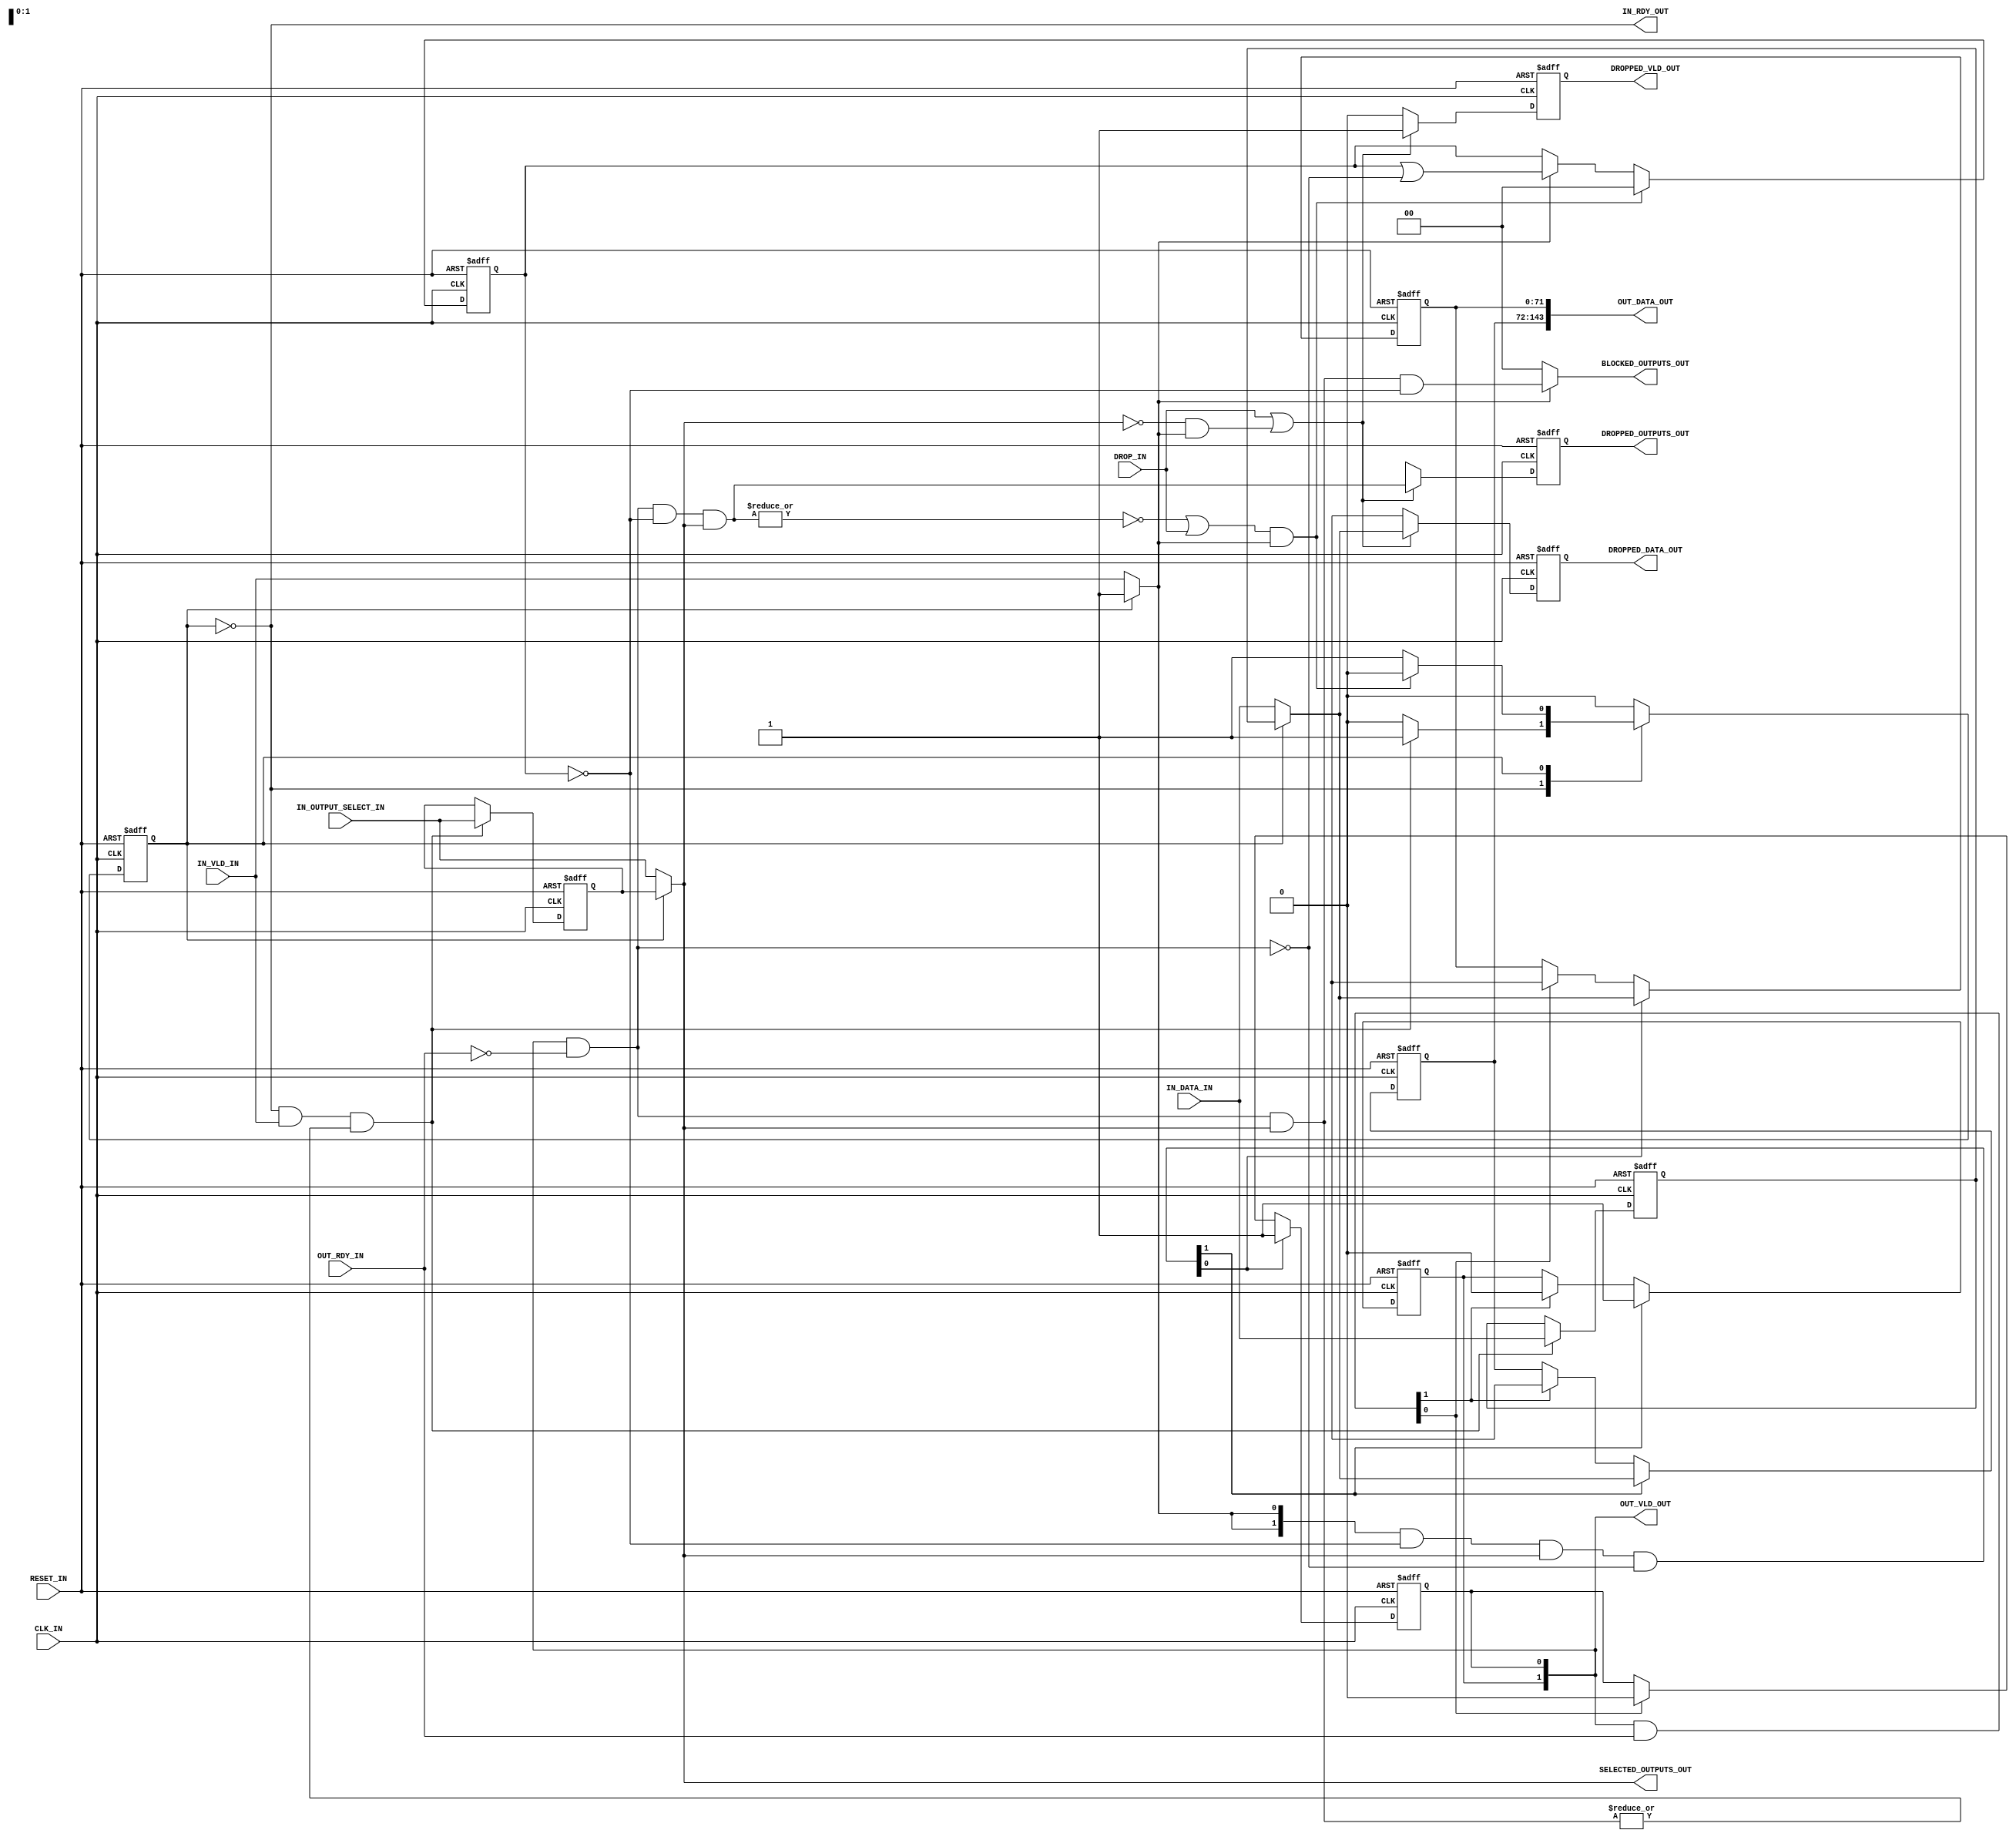
/**
 * A 1-to-N switch capable of multicast and packet dropping.
 */


module spio_switch#( // The size of individual packets.
                     parameter PKT_BITS = 72
                     // The number of output ports
                   , parameter NUM_PORTS = 2
                   )
                   ( input wire CLK_IN
                   , input wire RESET_IN
                     // Input port
                       // Standard rdy/vld signals
                   ,   input  wire [PKT_BITS-1:0]  IN_DATA_IN
                   ,   input  wire                 IN_VLD_IN
                   ,   output wire                 IN_RDY_OUT
                       // Output selection bits, one bit per output with bit 0
                       // selecting output 0 and so on. If all bits are zero,
                       // the packet is dropped. Sampled on a positive clock
                       // edge when IN_VLD_IN and IN_RDY_OUT are high.
                   ,   input  wire [NUM_PORTS-1:0] IN_OUTPUT_SELECT_IN
                     // Output ports (concatenated into large buses due to
                     // Verilog's inability to support array inputs.
                   , output reg  [(PKT_BITS*NUM_PORTS)-1:0] OUT_DATA_OUT
                   , output reg  [NUM_PORTS-1:0]            OUT_VLD_OUT
                   , input  wire [NUM_PORTS-1:0]            OUT_RDY_IN
                     // Output blocking status signals
                       // A field of bits indicating which output ports are
                       // currently blocking a packet from being sent. Bit 0
                       // corresponds to output 0 being blocked, etc. If all
                       // zero, no outputs are blocked.
                   ,   output wire [NUM_PORTS-1:0] BLOCKED_OUTPUTS_OUT
                       // When BLOCKED_OUTPUTS_OUT is not all zeros, this signal
                       // indicates what outputs the current value is being sent
                       // to, i.e. the XOR of BLOCKED_OUTPUTS_OUT and
                       // SELECTED_OUTPUTS_OUT indicates the outputs where the
                       // packet has been successfully sent.
                   ,   output wire [NUM_PORTS-1:0] SELECTED_OUTPUTS_OUT
                     // A one-clock pulse on this input will cause any packet
                     // waiting an output port to be dropped. Note that the
                     // packet will still be sent if the output port is
                     // unblocked.
                   , input wire DROP_IN
                     // If a packet is dropped, either by the DROP_IN signal or
                     // an all-zero IN_OUTPUT_SELECT_IN, it will be output here for a
                     // single clock cycle (along with a vld signal).
                       // The contents of the packet dropped
                   ,   output reg [PKT_BITS-1:0] DROPPED_DATA_OUT
                       // The set of outputs which were due to send this packet
                       // but didn't because it was dropped. This will
                       // correspond to the blocked ports if DROP_IN caused the
                       // packet to be dropped or will be all zeros if
                       // IN_OUTPUT_SELECT_IN was all zeros.
                   ,   output reg [NUM_PORTS-1:0] DROPPED_OUTPUTS_OUT
                       // When high, the above signals contain a packet which
                       // was dropped for a single cycle (i.e. no rdy signal!)
                   ,   output reg DROPPED_VLD_OUT
                   );

genvar i;


// Since the ready signal on the input necessarily lags one cycle behind the
// output readiness signals, the below data path is used to 'park' incoming
// values when a desired output is blocked.
//
//                         park_i             parked_i
//                            |                  |
//                            | ,---,            |
//                            +-|En |        ,---+
//                         ,--(-|D Q|----,  |\   |
//                         |  | |>  |    '--|1|  |
//                         |  | '---'       | |--)--- data_i
//           IN_DATA_IN  --+--(-------------|0|  |
//                            |             |/   |
//                            | ,---,            |
//                            '-|En |        ,---+
//                         ,----|D Q|----,  |\   |
//                         |    |>  |    '--|1|  |
//                         |    '---'       | |--)--- output_select_i
//  IN_OUTPUT_SELECT_IN  --+----------------|0|  |
//                                          |/   |
//                               -+-         ,---'
//                                |         |\
//                                '---------|1|
//                                          | |------ vld_i
//            IN_VLD_IN  -------------------|0|
//                                          |/
//
//           IN_RDY_OUT  -------------- (inputstate_i == RUN)
//
// The output ports and packet dropping port but not sketched here since they
// are straight forward.


////////////////////////////////////////////////////////////////////////////////
// Control
////////////////////////////////////////////////////////////////////////////////

// Input parking FSM states and state register
localparam RUN    = 1'b0;
localparam PARKED = 1'b1;
reg inputstate_i;

// Parked input registers
reg [PKT_BITS-1:0]  parked_data_i;
reg [NUM_PORTS-1:0] parked_output_select_i;

// The current input value to be dealt with (either parked or coming in this
// cycle)
wire [PKT_BITS-1:0]  data_i          = (inputstate_i == PARKED) ? parked_data_i          : IN_DATA_IN;
wire [NUM_PORTS-1:0] output_select_i = (inputstate_i == PARKED) ? parked_output_select_i : IN_OUTPUT_SELECT_IN;
wire                 vld_i           = (inputstate_i == PARKED) ? 1'b1                   : IN_VLD_IN;

// One signal per output, indicates if the output is NOT able to transmit a new
// value next cycle, i.e. the value must wait.
wire [NUM_PORTS-1:0] wait_i = OUT_VLD_OUT & ~OUT_RDY_IN;

// One signal per output, indicates that a value being transferred this cycle.
wire [NUM_PORTS-1:0] transfer_i = OUT_VLD_OUT & OUT_RDY_IN;

// Accumulate the set of output ports which have already latched the current
// packet.
reg [NUM_PORTS-1:0] accepted_outputs_i;

// Signal asserted whenever the current packet has been transmitted to all
// destinations (or dropped).
wire sent_i = ( !(|( (wait_i & ~accepted_outputs_i) // No blocked & unsent outputs...
                   & output_select_i))              // ...for this packet...
              | DROP_IN)                            // ...or we are dropping...
            & vld_i;                                // ...if there is a packet.

// Signal which is high whenever the current value being received must be parked
// due to a required output being blocked.
wire park_i = IN_RDY_OUT && IN_VLD_IN && |(wait_i & output_select_i);

// Ready to accept a new value whenever we're not parked.
assign IN_RDY_OUT = inputstate_i == RUN;

// Signal for each output which indicates if the current input value should be
// forwarded to this output this cycle.
wire [NUM_PORTS-1:0] send_now_i = {NUM_PORTS{vld_i}}   // There is a packet to send...
                                & ~accepted_outputs_i  // ...and not already sent.
                                & output_select_i      // ...to this output...
                                & ~wait_i              // ...which is not blocked...
                                ;

// Blocked ports are just those the current output is waiting for (or all zeros
// when no packet is being sent).
assign BLOCKED_OUTPUTS_OUT = vld_i ? (output_select_i & wait_i & ~accepted_outputs_i)
                                   : {NUM_PORTS{1'b0}};

// Just the current packet's selected outputs
assign SELECTED_OUTPUTS_OUT = output_select_i;


////////////////////////////////////////////////////////////////////////////////
// Input parking state-machine
////////////////////////////////////////////////////////////////////////////////

//              park_i
//             ,-------,
//             |       V
//        ,-----,     ,--------,
//   ---> | RUN |     | PARKED |
//        '-----'     '--------'
//              ^      |
//              '------'
//               sent_i

always @ (posedge CLK_IN, posedge RESET_IN)
	if (RESET_IN)
		inputstate_i <= RUN;
	else
		case (inputstate_i)
			RUN:    if (park_i) inputstate_i <= PARKED;
			PARKED: if (sent_i) inputstate_i <= RUN;
		endcase


always @ (posedge CLK_IN, posedge RESET_IN)
	if (RESET_IN)
		begin
			parked_data_i          <= {PKT_BITS{1'bX}};
			parked_output_select_i <= {NUM_PORTS{1'bX}};
		end
	else if (park_i)
		begin
			parked_data_i          <= IN_DATA_IN;
			parked_output_select_i <= IN_OUTPUT_SELECT_IN;
		end


////////////////////////////////////////////////////////////////////////////////
// Accumulate output ports which have accepted the current packet.
////////////////////////////////////////////////////////////////////////////////

always @ (posedge CLK_IN, posedge RESET_IN)
	if (RESET_IN)
		accepted_outputs_i <= {NUM_PORTS{1'b0}};
	else
		// Reset whenever a packet has been completely sent
		if (sent_i)
			accepted_outputs_i <= {NUM_PORTS{1'b0}};
		// Otherwise, accumulate whichever outputs aren't blocked while we have a
		// valid packet to sent
		else if (vld_i)
			accepted_outputs_i <= accepted_outputs_i | ~wait_i;


////////////////////////////////////////////////////////////////////////////////
// Forward input to outputs as soon as possible.
////////////////////////////////////////////////////////////////////////////////

generate for (i = 0; i < NUM_PORTS; i = i + 1)
	begin : output_registers
		
		always @ (posedge CLK_IN, posedge RESET_IN)
			if (RESET_IN)
				begin
					OUT_DATA_OUT[PKT_BITS*i+:PKT_BITS] <= {PKT_BITS{1'bX}};
					OUT_VLD_OUT[i] <= 1'b0;
				end
			else
				// Become valid when new data is due to be sent to this output,
				// otherwise become invalid once the transfer occurs.
				if (send_now_i[i])
					begin
						OUT_DATA_OUT[PKT_BITS*i+:PKT_BITS] <= data_i;
						OUT_VLD_OUT[i] <= 1'b1;
					end
				else if (transfer_i[i])
					begin
						OUT_DATA_OUT[PKT_BITS*i+:PKT_BITS] <= {PKT_BITS{1'bX}};
						OUT_VLD_OUT[i] <= 1'b0;
					end
	
	end
endgenerate


////////////////////////////////////////////////////////////////////////////////
// Packet dropping port
////////////////////////////////////////////////////////////////////////////////

always @ (posedge CLK_IN, posedge RESET_IN)
	if (RESET_IN)
		begin
			DROPPED_DATA_OUT    <= {PKT_BITS{1'bX}};
			DROPPED_OUTPUTS_OUT <= {NUM_PORTS{1'bX}};
			DROPPED_VLD_OUT     <= 1'b0;
		end
	else
		if (DROP_IN || (output_select_i == {NUM_PORTS{1'b0}} && vld_i))
			begin
				DROPPED_DATA_OUT    <= data_i;
				DROPPED_OUTPUTS_OUT <= wait_i & ~accepted_outputs_i & output_select_i;
				DROPPED_VLD_OUT     <= 1'b1;
			end
		else
			begin
				DROPPED_DATA_OUT    <= {PKT_BITS{1'bX}};
				DROPPED_OUTPUTS_OUT <= {NUM_PORTS{1'bX}};
				DROPPED_VLD_OUT     <= 1'b0;
			end


endmodule